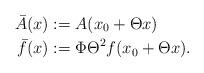
LaTeX: \begin{align*}\bar A(x) &:= A(x_0+\Theta x )\\\bar f(x)&:= \Phi \Theta ^{2} f(x_0+\Theta x ).\end{align*}